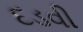
દડવી